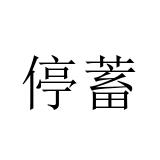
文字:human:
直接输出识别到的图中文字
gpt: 停蓄